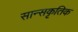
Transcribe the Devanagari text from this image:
सान्सकृतिक